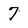
Character: 7